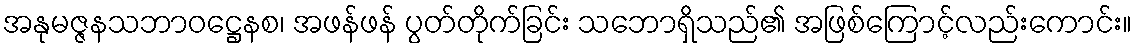
အနုမဇ္ဇနသဘာဝဋ္ဌေနစ၊ အဖန်ဖန် ပွတ်တိုက်ခြင်း သဘောရှိသည်၏ အဖြစ်ကြောင့်လည်းကောင်း။